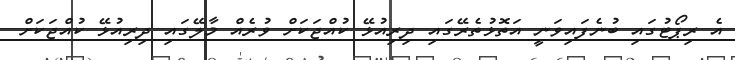
އެ ރިޕޯޓުގައި ބުނެފައިވަނީ އަތޮޅުތެރޭގައި ދިރިއުޅޭ ކުއްޖަކަށް ވުރެއް މާލޭގައި ދިރިއުޅޭ ކުއްޖަކަށް